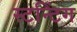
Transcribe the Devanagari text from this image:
स्टन्टिंग